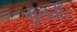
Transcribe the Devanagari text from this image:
गुलचीं।